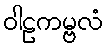
ဝါဠကမ္ဗလံ